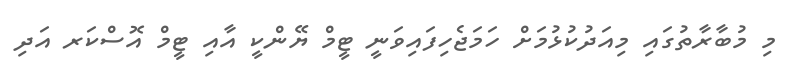
މި މުބާރާތުގައި މިއަދުކުޅުމަށް ހަމަޖެހިފައިވަނީ ޓީމް ޔޭންކީ އާއި ޓީމް އޮސްކަރ އަދި